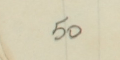
50